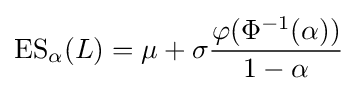
\operatorname {ES} _{\alpha }(L)=\mu +\sigma {\frac {\varphi (\Phi ^{-1}(\alpha ))}{1-\alpha }}